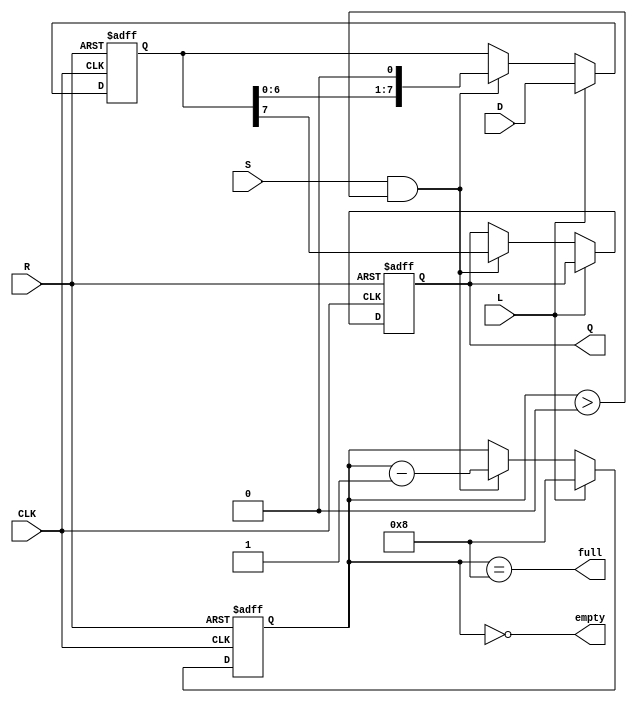
module PISO_Register #(
    parameter n = 8  // Width of the parallel data input
)(
    input wire [n-1:0] D,     // Parallel Data Input
    input wire L,             // Load control signal
    input wire CLK,           // Clock signal
    input wire S,             // Shift control signal
    input wire R,             // Reset signal
    output reg Q,             // Serial Output
    output wire full,         // Status flag indicating register is full
    output wire empty         // Status flag indicating register is empty
);
    
    reg [n-1:0] shift_reg;     // Shift register to hold the data
    reg [n-1:0] shift_reg_next; // Next state for the shift register
    reg [3:0] count;           // Counter for bits shifted out (optional)

    // Status flags
    assign full = (count == n);
    assign empty = (count == 0);

    always @(posedge CLK or posedge R) begin
        if (R) begin
            // Asynchronous reset
            shift_reg <= 0;
            Q <= 0;
            count <= 0;
        end else if (L) begin
            // Load parallel data into shift register
            shift_reg <= D;
            count <= n; // Set count to n when loaded
        end else if (S && count > 0) begin
            // Shift data out serially
            Q <= shift_reg[n-1]; // Output MSB (or LSB if shifted in that direction)
            shift_reg <= {shift_reg[n-2:0], 1'b0}; // Shift left and fill with 0
            count <= count - 1; // Decrease count
        end
    end

endmodule